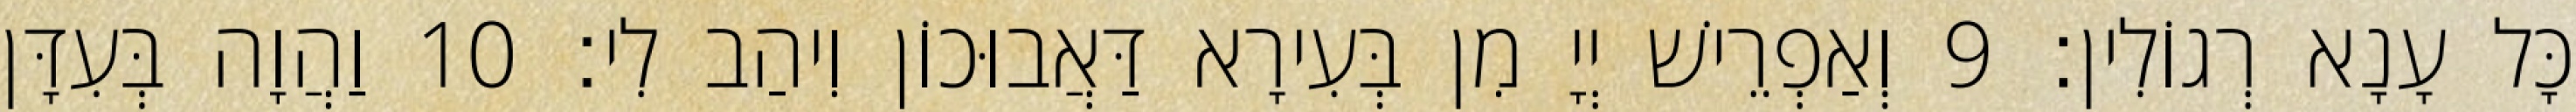
כָּל עָנָא רְגוֹלִין׃ 9 וְאַפְרֵישׁ יְיָ מִן בְּעִירָא דַּאֲבוּכוֹן וִיהַב לִי׃ 10 וַהֲוָה בְּעִדָּן